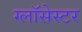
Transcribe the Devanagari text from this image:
ग्लॉसेस्टर